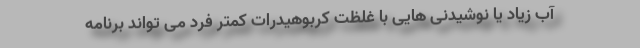
آب زیاد یا نوشیدنی هایی با غلظت کربوهیدرات کمتر فرد می تواند برنامه